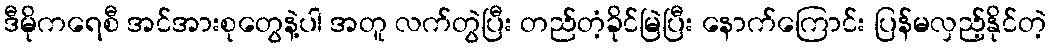
ဒီမိုကရေစီ အင်အားစုတွေနဲ့ပါ အတူ လက်တွဲပြီး တည်တံ့ခိုင်မြဲပြီး နောက်ကြောင်း ပြန်မလှည့်နိုင်တဲ့